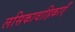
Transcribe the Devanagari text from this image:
लसिकावाहिकाएँ